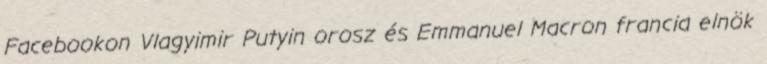
Facebookon Vlagyimir Putyin orosz és Emmanuel Macron francia elnök